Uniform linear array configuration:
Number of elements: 64
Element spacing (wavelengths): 1
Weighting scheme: kaiser
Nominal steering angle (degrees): -45
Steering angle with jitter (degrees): -46.414
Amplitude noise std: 0.05
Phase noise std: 0.05

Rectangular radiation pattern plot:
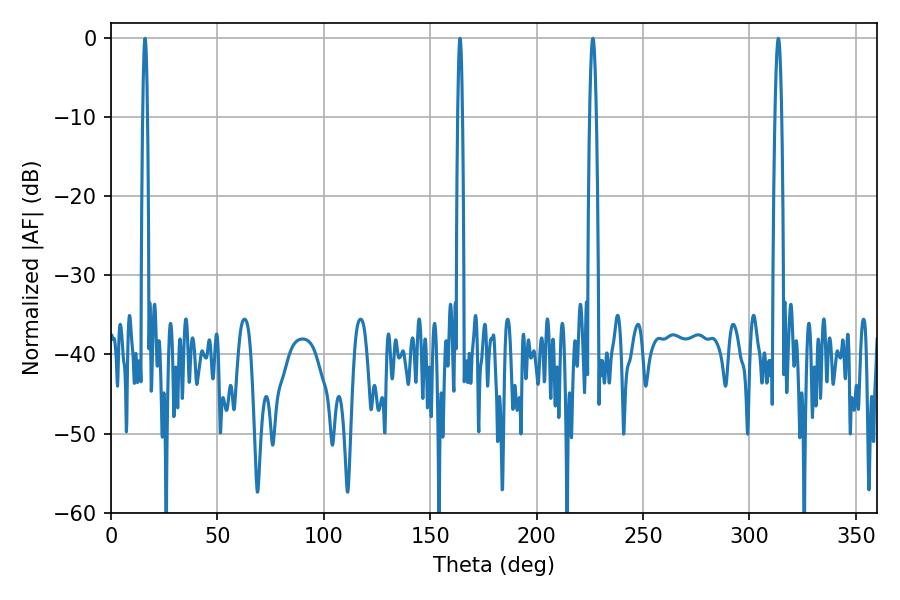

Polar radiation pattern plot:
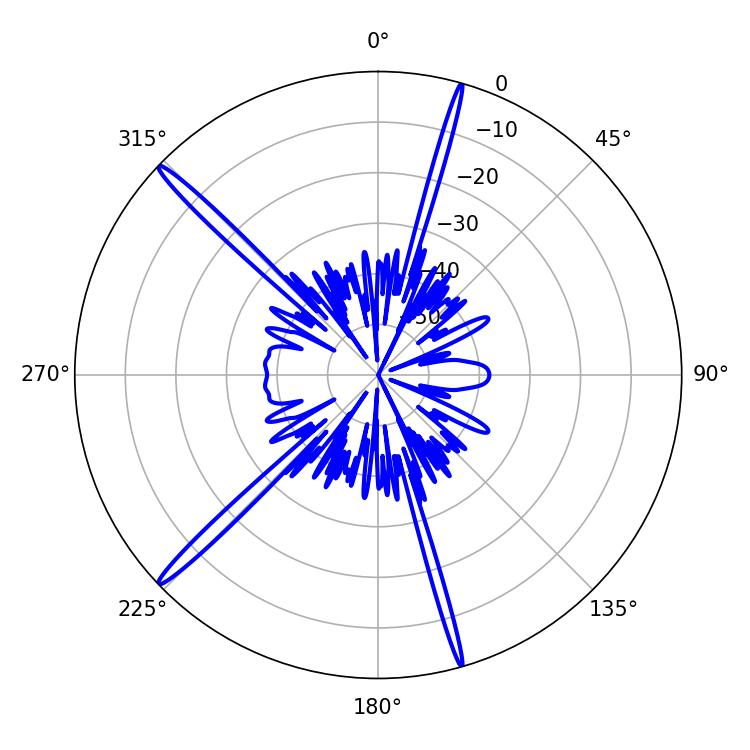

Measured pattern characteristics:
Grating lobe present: TRUE
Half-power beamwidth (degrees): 1.8
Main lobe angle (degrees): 313.56